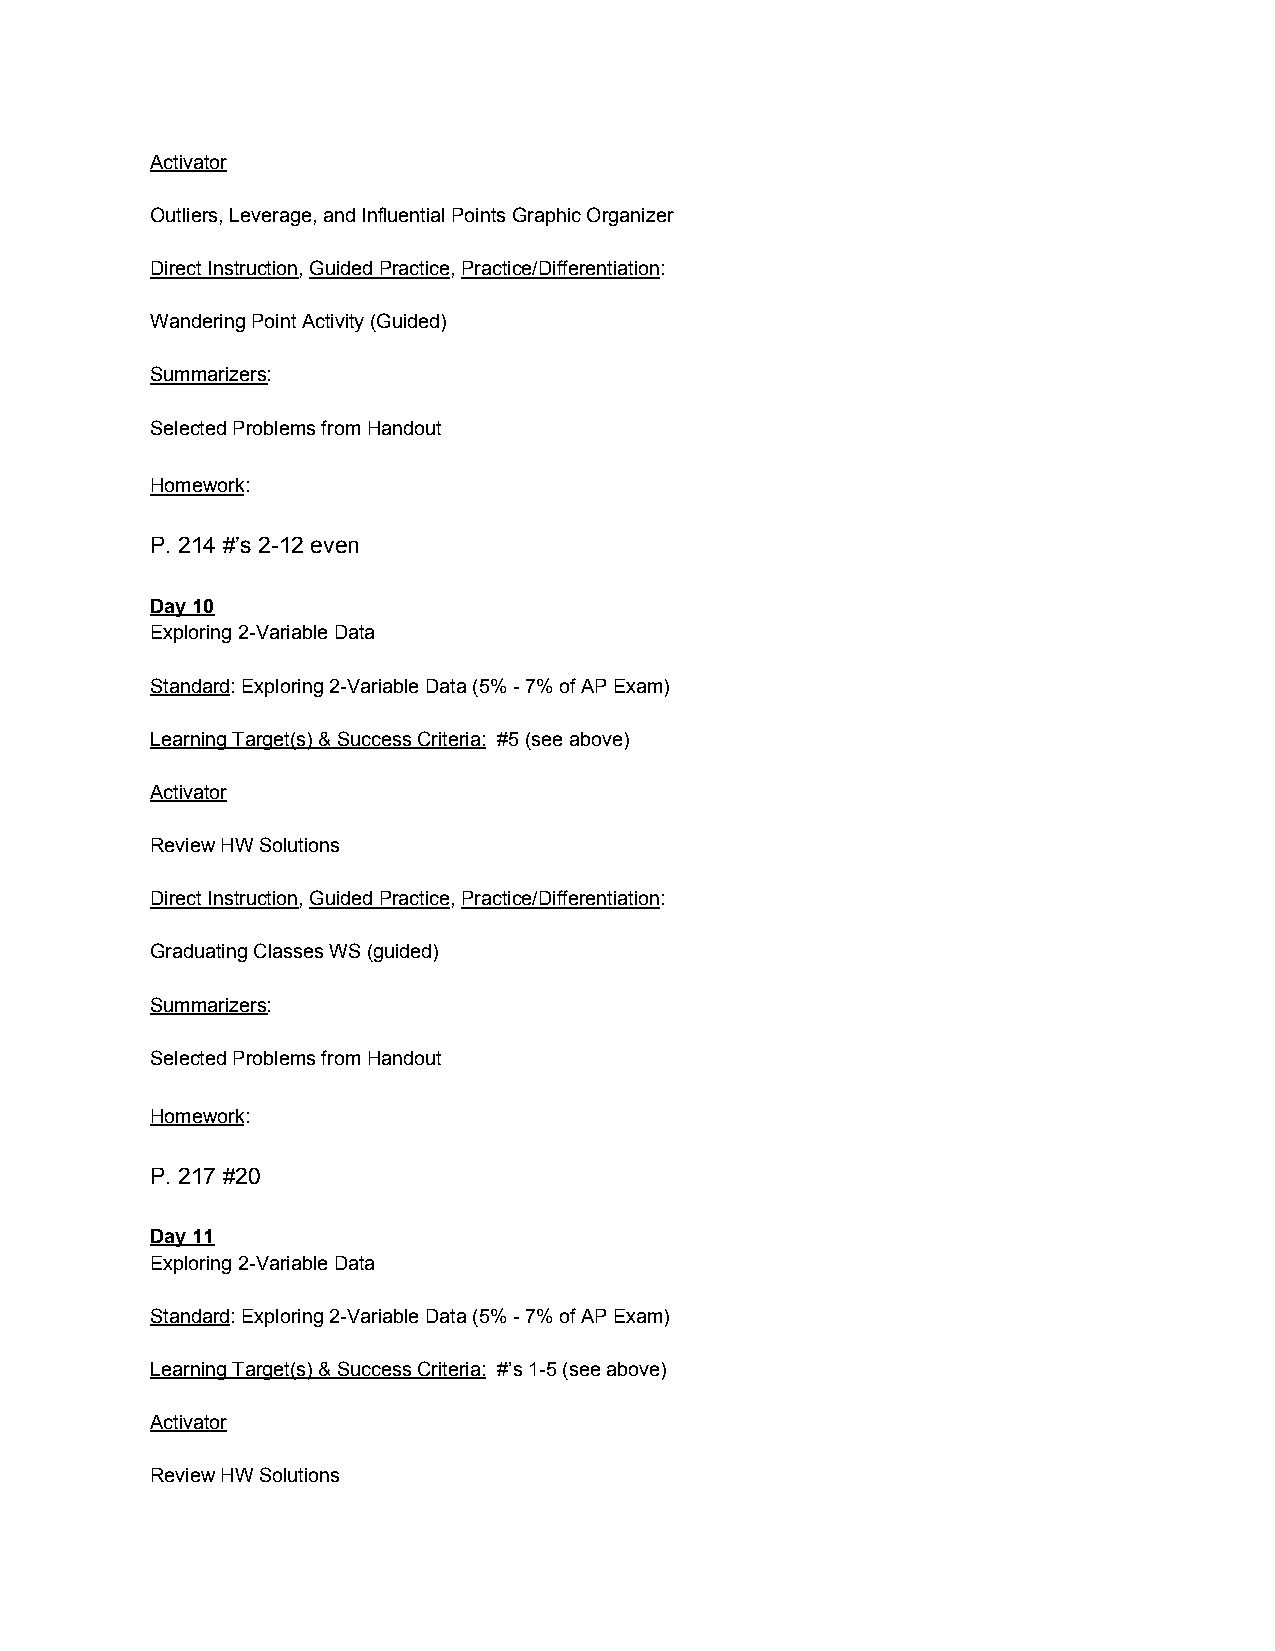
Activator
 Outliers, Leverage, and Influential Points Graphic Organizer
 Direct Instruction, Guided Practice, Practice/Differentiation:
 ​ ​       ​ ​           ​
 Wandering Point Activity (Guided)
 Summarizers:
 ​
 Selected Problems from Handout
 Homework:
 ​
 P. 214 #’s 2-12 even
 Day 10
 Exploring 2-Variable Data
 Standard: Exploring 2-Variable Data (5% - 7% of AP Exam)
 ​
 Learning Target(s) & Success Criteria: #5 (see above)
 ​
 Activator
 Review HW Solutions
 Direct Instruction, Guided Practice, Practice/Differentiation:
 ​ ​       ​ ​           ​
 Graduating Classes WS (guided)
 Summarizers:
 ​
 Selected Problems from Handout
 Homework:
 ​
 P. 217 #20
 Day 11
 Exploring 2-Variable Data
 Standard: Exploring 2-Variable Data (5% - 7% of AP Exam)
 ​
 Learning Target(s) & Success Criteria: #’s 1-5 (see above)
 ​
 Activator
 Review HW Solutions